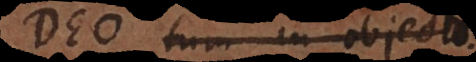
Deo tum in objecto.